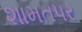
શામતપર